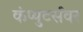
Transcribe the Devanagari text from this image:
कंप्युटर्सवर